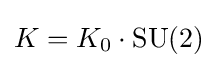
K=K_{0}\cdot \operatorname {SU} (2)